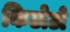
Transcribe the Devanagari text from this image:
किटोटो